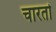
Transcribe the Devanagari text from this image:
चारतो